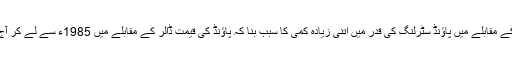
یہی رجحان 18 مارچ کو امریکی ڈالر کے مقابلے میں پاؤنڈ سٹرلنگ کی قدر میں اتنی زیادہ کمی کا سبب بنا کہ پاؤنڈ کی قیمت ڈالر کے مقابلے میں 1985ء سے لے کر آج تک کی اپنی نچلی ترین سطح پر آ گئی۔